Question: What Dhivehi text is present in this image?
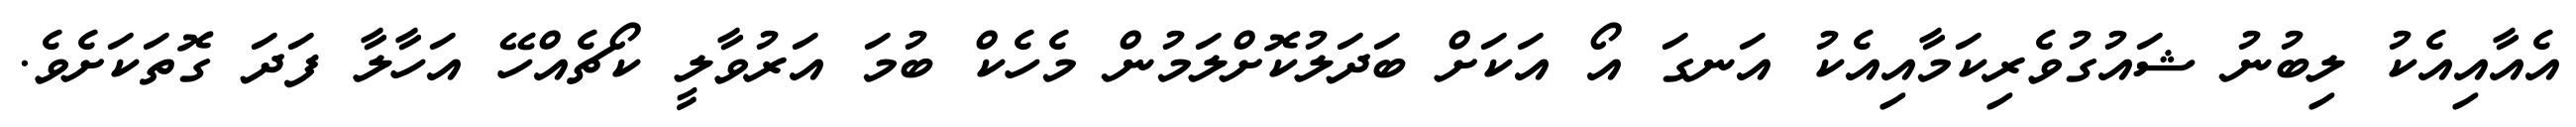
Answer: އެއާއިއެކު ލިބުނު ޝައުގުވެރިކަމާއިއެކު އަނގަ އޯ އަކަށް ބަދަލުކޮށްލަމުން މެހެކް ބުމަ އަރުވާލީ ކޯޗެއްހޭ އަހާލާ ފަދަ ގޮތަކަށެވެ.